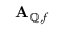
\mathbf { A } _ { \mathbb { Q } , f }